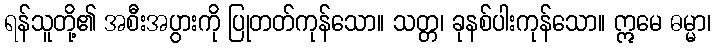
ရန်သူတို့၏ အစီးအပွားကို ပြုတတ်ကုန်သော။ သတ္တ၊ ခုနစ်ပါးကုန်သော။ ဣမေ ဓမ္မာ၊